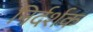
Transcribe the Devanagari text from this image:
निर्दर्शक